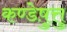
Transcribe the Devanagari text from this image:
कण्डेष़ुत्तु